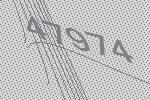
47974